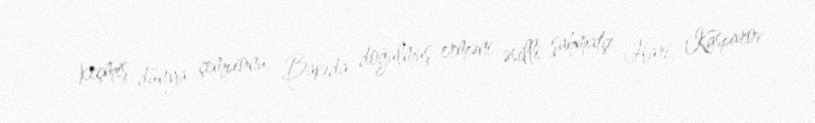
keçmiş dünya çempionu, Bakıda doğulmuş erməni əsilli şahmatçı Hari Kasparov